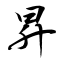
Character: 昇